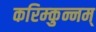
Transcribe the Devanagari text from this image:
करिम्कुन्नम्